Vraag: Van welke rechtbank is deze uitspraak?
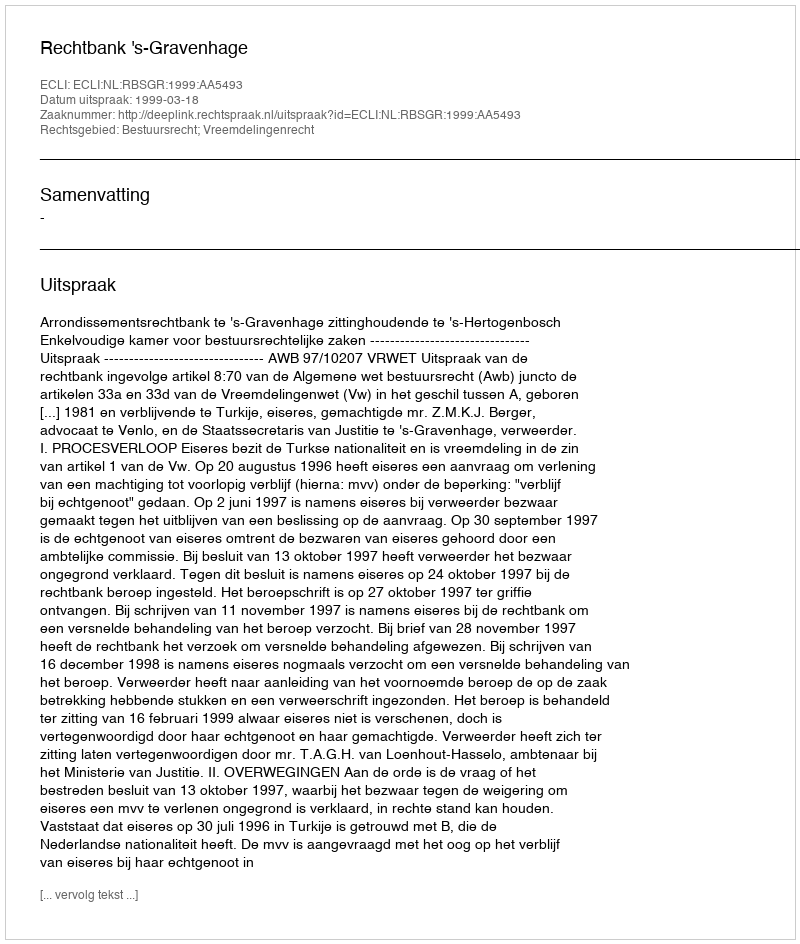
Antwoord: Rechtbank 's-Gravenhage